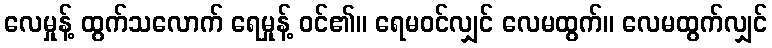
လေမှုန့် ထွက်သလောက် ရေမှုန့် ဝင်၏။ ရေမဝင်လျှင် လေမထွက်။ လေမထွက်လျှင်